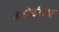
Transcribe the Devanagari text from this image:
अंघोळीच्या